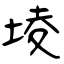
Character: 堎